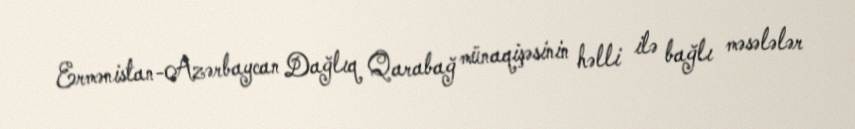
Ermənistan-Azərbaycan Dağlıq Qarabağ münaqişəsinin həlli ilə bağlı məsələlər